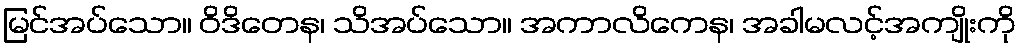
မြင်အပ်သော။ ဝိဒိတေန၊ သိအပ်သော။ အကာလိကေန၊ အခါမလင့်အကျိုးကို